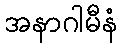
အနာဂါမီနံ